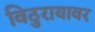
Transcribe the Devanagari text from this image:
विठुरायावर